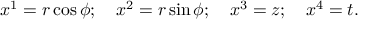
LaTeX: x ^ { 1 } = r \cos \phi ; \quad x ^ { 2 } = r \sin \phi ; \quad x ^ { 3 } = z ; \quad x ^ { 4 } = t .